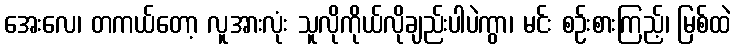
အေးလေ၊ တကယ်တော့ လူအားလုံး သူလိုကိုယ်လိုချည်းပါပဲကွာ၊ မင်း စဉ်းစားကြည့်၊ မြစ်ထဲ